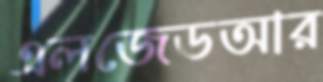
এলজেডআর